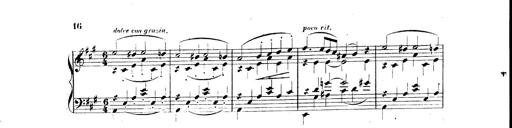
Title: 3 Caprices-Valses
Composer: Franz Liszt